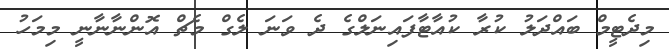
މިދެޓީމް ބައްދަލު ކުރާ ކުއާޓާފައިނަލްގެ ދެ ވަނަ ލެގް މެޗް އޮންނާނާނީ މިމަހު